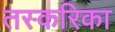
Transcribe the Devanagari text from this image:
तस्करिका